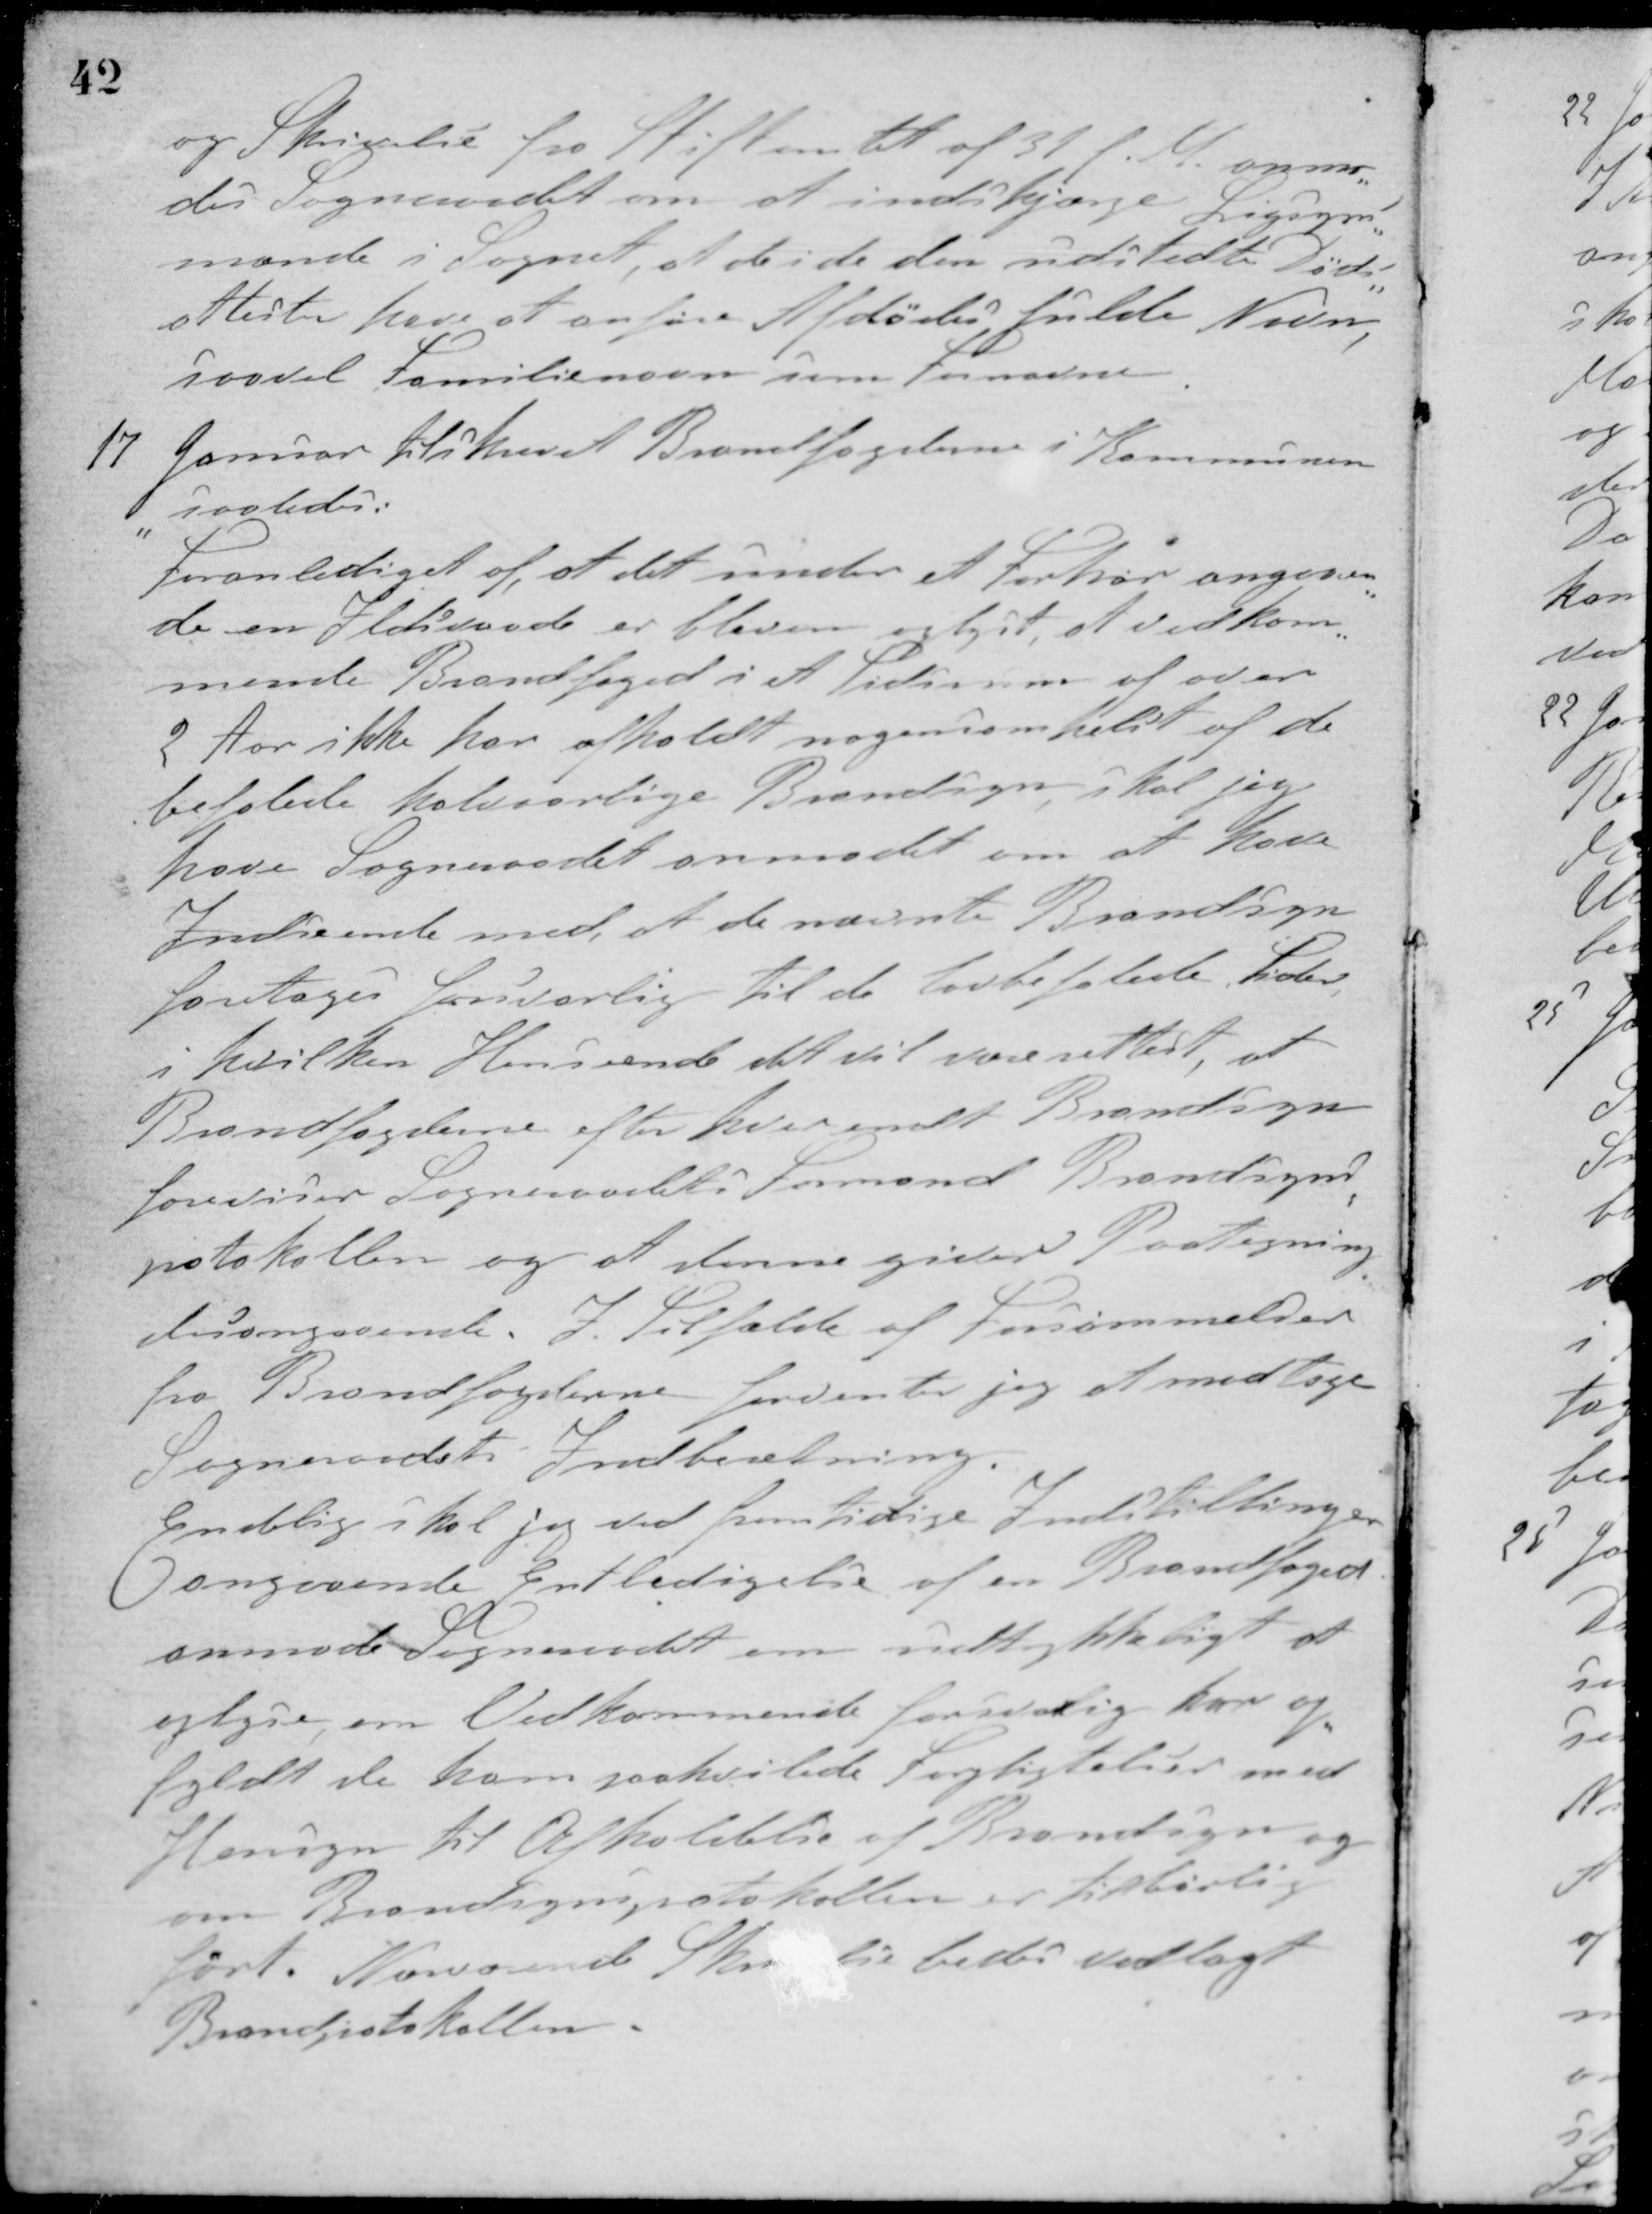
Transskription:
og Skrivelse fra Stiftamtet af 31 f. M. anmo-
des Sogneraadet om at indskjærpe Ligsyns-
mænde i Sognet, at de i de den udstedte Døds-
attester have at anføre Afdødes fulde Navn,
saavel Familienavn som Fornavn.
17 Januar tilskrevet Brandfogederne i Kommunen
saaledes:
"Foranlediget af at det under et Forhør angaaen-
de en Ildsvaade er bleven oplyst, at vedkom-
mende Brandfoged i et Tidsrum af over
2 Aar ikke har afholdt nogensomhelst af de
befalede halvaarlige Brandsyn, skal jeg
have Sogneraadet anmodet om at have
Indseende med, at de nævnte Brandsyn
foretages forsvarlig til de lovbefalede Tider
i hvilken Henseende det vil være rettest, at
Brandfogderne efter hver endt Brandsyn
foreviser Sogneraadets Formand Brandsyns-
protokollen og at denne giver Paategning
desangaaende. I Tilfælde af Forsømmelser
fra Brandfogderne forventer jeg at modtage
Sogneraadets Indberetning.
Endelig skal jeg ved fremtidige Indstillinger
angaaende Entledigelse af en Brandfoged
anmode Sogneraadet om udtrykkeligt at
oplyse, om Vedkommende forsvarlig har op-
fyldt de ham paahvilede Forpligtelser med
Hensyn til Afholdelse af Brandsyn og
om Brandsynsprotokollen er tilbørlig
ført. Nærværende Skrivelse bedes vedlagt
Brandprokollen.